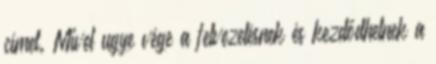
címet. Mivel ugye vége a felvezetésnek és kezdődhetnek a